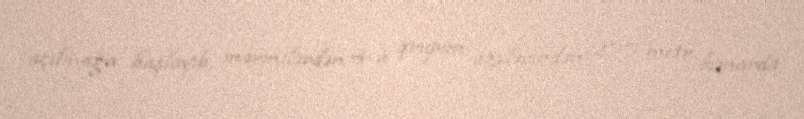
açılmağa başlayıb, mərmilərdən 4-ü qrupun üzvlərindən 200 metr kənarda